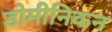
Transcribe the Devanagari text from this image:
डोमीनिकन